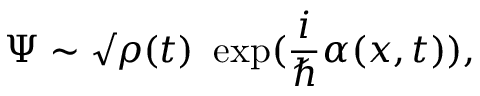
\Psi \sim \surd \rho ( t ) ~ \exp ( \frac { i } { \hbar } \alpha ( x , t ) ) ,